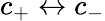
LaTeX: c_{+}\leftrightarrow c_{-}